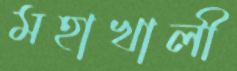
মহাখালী